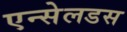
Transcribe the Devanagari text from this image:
एन्सेलडस